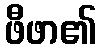
ဖီဖာ၏